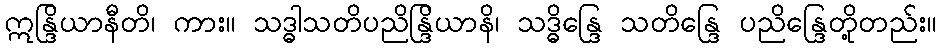
ဣန္ဒြိယာနီတိ၊ ကား။ သဒ္ဓါသတိပညိန္ဒြိယာနိ၊ သဒ္ဓိန္ဒြေ သတိန္ဒြေ ပညိန္ဒြေတို့တည်း။